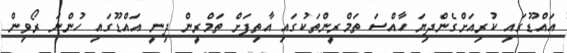
އައްޑޫގައި ކުރިއަށްގެންދިޔަ ހާއްސަ ތަމްރީންތަކުގައި އާތިފަށް ތަމްރީން ދިނީ އައްޑޫގައި ހުންނަ ރޯވިން